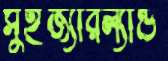
সুইজ্যারল্যান্ড